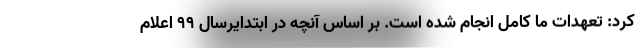
کرد: تعهدات ما کامل انجام شده است. بر اساس آنچه در ابتدایرسال ۹۹ اعلام